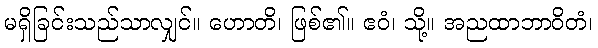
မရှိခြင်းသည်သာလျှင်။ ဟောတိ၊ ဖြစ်၏။ ဧဝံ၊ သို့။ အညထာဘာဝိတံ၊